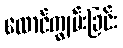
လောင်ကျွမ်းခြင်း